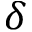
\delta